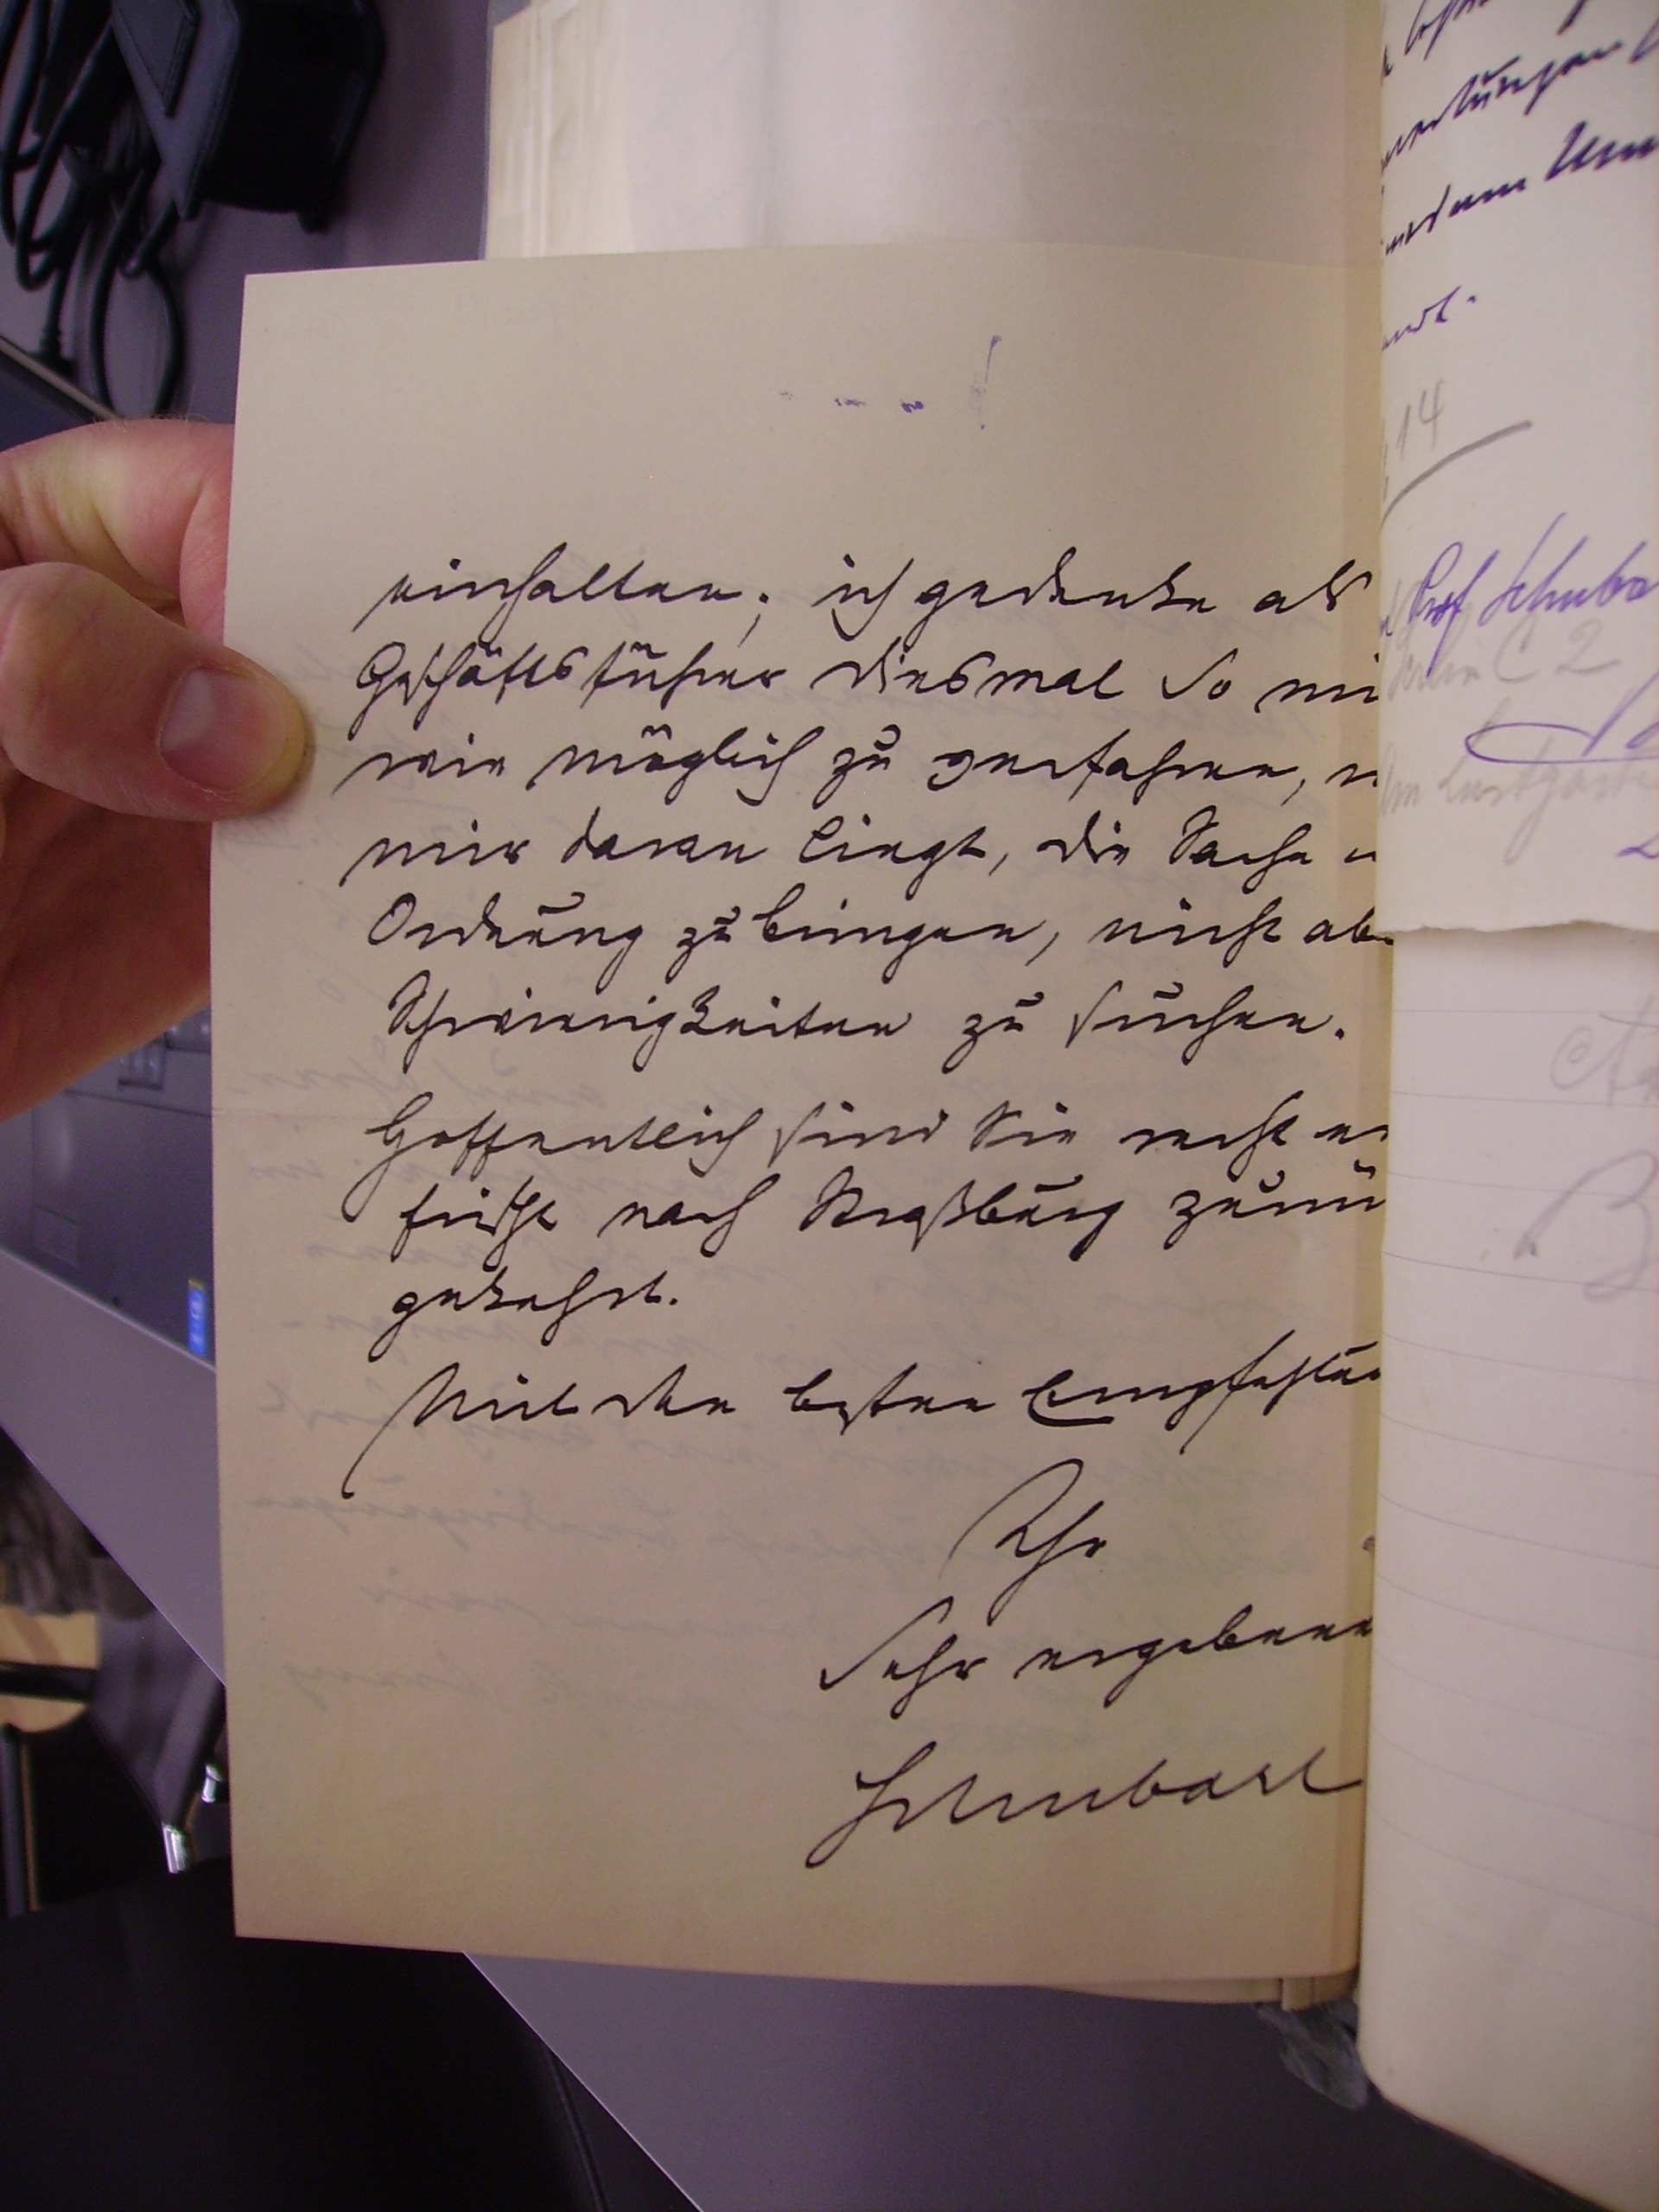
einhalten; ich gedenke als
Geschäftsführer diesmal so mild
wie möglich zu verfahren, weil
mir daran liegt, die Sache in
Ordnung zu bringen, nicht aber
Schwierigkeiten zu suchen.
Hoffentlich sind Sie wohl er
frischt nach Straßburg zurü
gekehrt
Mit den besten Empfehlungen
Ihr
sehr ergebner
Schubart